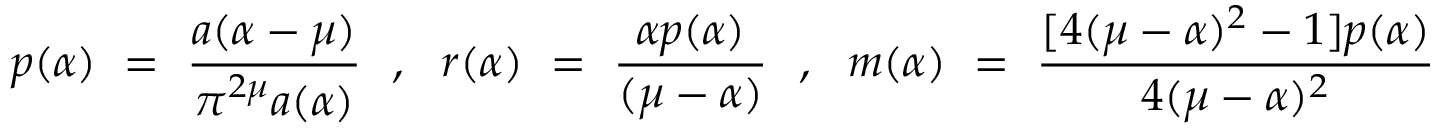
p ( \alpha ) ~ = ~ \frac { a ( \alpha - \mu ) } { \pi ^ { 2 \mu } a ( \alpha ) } ~ ~ , ~ ~ r ( \alpha ) ~ = ~ \frac { \alpha p ( \alpha ) } { ( \mu - \alpha ) } ~ ~ , ~ ~ m ( \alpha ) ~ = ~ \frac { [ 4 ( \mu - \alpha ) ^ { 2 } - 1 ] p ( \alpha ) } { 4 ( \mu - \alpha ) ^ { 2 } }